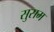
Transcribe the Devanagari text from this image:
सुसम